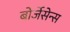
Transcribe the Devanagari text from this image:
बोर्जेसेन्स